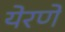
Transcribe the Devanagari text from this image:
येरणे